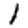
Digit: 1